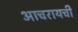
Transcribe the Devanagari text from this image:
आचरायची